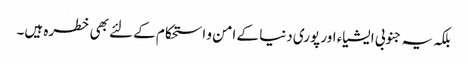
بلکہ یہ جنوبی ایشیاء اور پوری دنیا کے امن و استحکام کے لئے بھی خطرہ ہیں۔